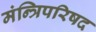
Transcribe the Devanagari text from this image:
मंन्त्रिपरिषद